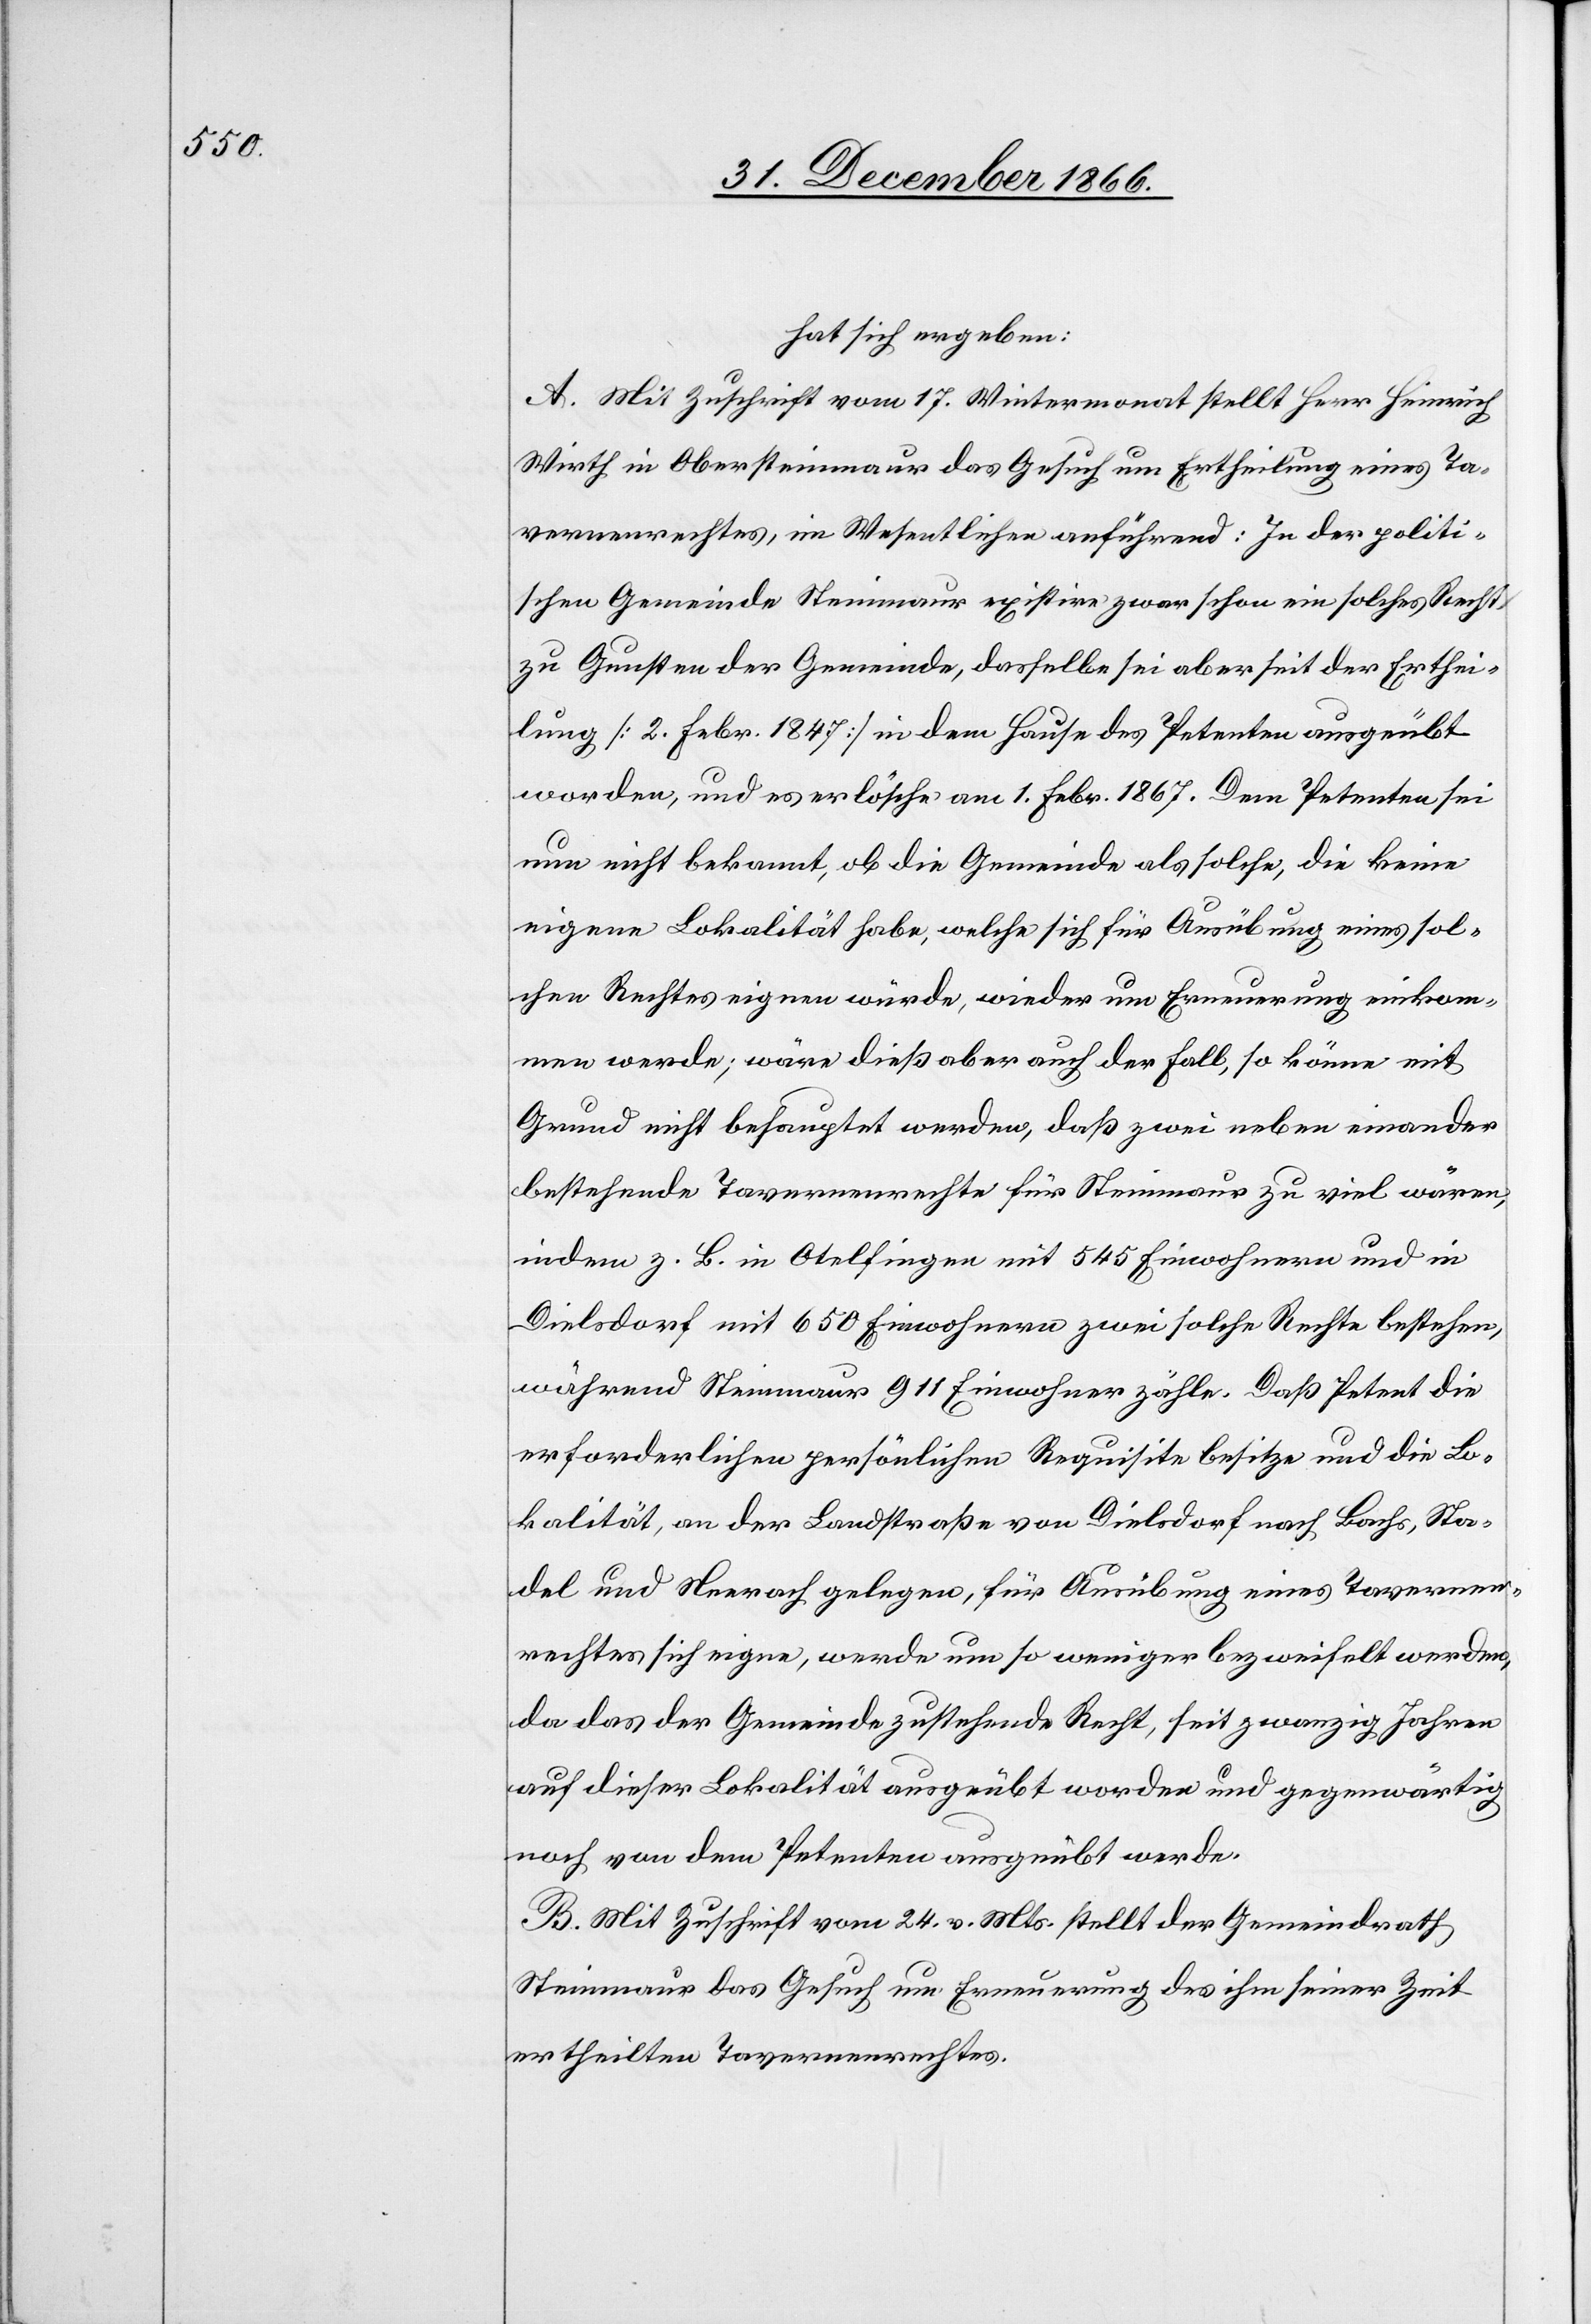
hat sich ergeben:
A. Mit Zuschrift vom 17. Wintermonat stellt Herr Heinrich
Wirth in Obersteinmaur das Gesuch um Ertheilung eines Ta¬
vernenrechtes, im Wesentlichen anführend: In der politi¬
schen Gemeinde Steinmaur existire zwar schon ein solches Recht
zu Gunsten der Gemeinde, dasselbe sei aber seit der Erthei¬
lung [2. Febr. 1847] in dem Hause des Petenten ausgeübt
worden, und es erlösche am 1. Febr. 1867. Dem Petenten sei
nun nicht bekannt, ob die Gemeinde als solche, die keine
eigene Lokalität habe, welche sich für Ausübung eines sol¬
chen Rechtes eignen würde, wieder um Erneuerung einkom¬
men werde; wäre dieß aber auch der Fall, so könne mit
Grund nicht behauptet werden, daß zwei neben einander
bestehende Tavernenrechte für Steinmaur zu viel wären,
indem z. B. in Otelfingen mit 545 Einwohnern und in
Dielsdorf mit 650 Einwohnern zwei solche Rechte bestehen,
während Steinmaur 911 Einwohner zähle. Daß Petent die
erforderlichen persönlichen Requisite besitze und die Lo¬
kalität, an der Landstraße von Dielsdorf nach Bachs, Sta¬
del und Neerach gelegen, für Ausübung eines Tavernen¬
rechtes sich eigne, werde um so weniger bezweifelt werden,
da das der Gemeinde zustehende Recht, seit zwanzig Jahren
auf dieser Lokalität ausgeübt worden und gegenwärtig
noch von dem Petenten ausgeübt werde.
B. Mit Zuschrift vom 24. v. Mts. stellt der Gemeindrath
Steinmaur das Gesuch um Erneuerung des ihm seiner Zeit
ertheilten Tavernenrechtes.